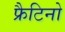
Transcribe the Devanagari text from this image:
फ्रैटिनो